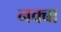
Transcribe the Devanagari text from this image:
नक्बा